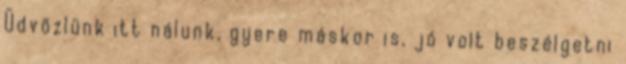
Üdvözlünk itt nálunk, gyere máskor is, jó volt beszélgetni